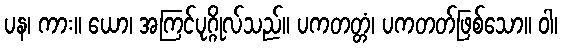
ပန၊ ကား။ ယော၊ အကြင်ပုဂ္ဂိုလ်သည်။ ပကတတ္တံ၊ ပကတတ်ဖြစ်သော။ ဝါ၊